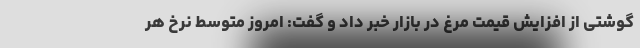
گوشتی از افزایش قیمت مرغ در بازار خبر داد و گفت: امروز متوسط نرخ هر